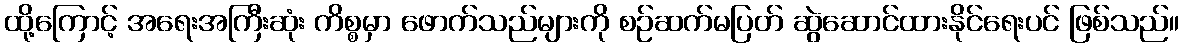
ထို့ကြောင့် အရေးအကြီးဆုံး ကိစ္စမှာ ဖောက်သည်များကို စဉ်ဆက်မပြတ် ဆွဲဆောင်ထားနိုင်ရေးပင် ဖြစ်သည်။